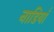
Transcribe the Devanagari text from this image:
नाडियाँ